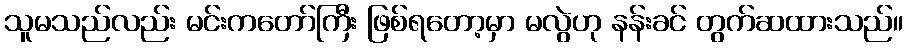
သူမသည်လည်း မင်းကတော်ကြီး ဖြစ်ရတော့မှာ မလွဲဟု နန်းခင် တွက်ဆထားသည်။